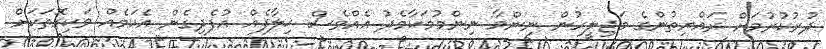
ދުރުކުރުމަށް ރައްޔިތުންގެ މަޖިލީހުން ނިންމާ ނިންމުމަކާމެދު އެއްވެސް ޚިލާފެއް އުފެދިގެން އެކަމެއް ވަކިގޮތަކަށް